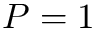
P = 1